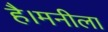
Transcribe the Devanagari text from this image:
है।मनीला